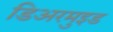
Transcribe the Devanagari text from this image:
डिअरमुइड